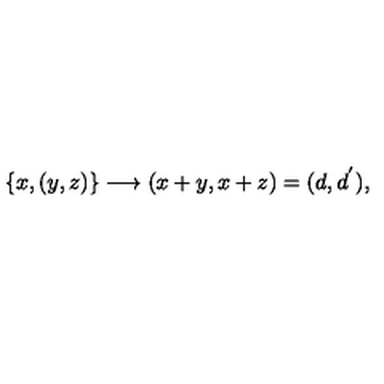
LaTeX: \{ x , ( y , z ) \} \longrightarrow ( x + y , x + z ) = ( d , d ^ { ' } ) ,